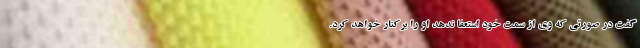
گفت در صورتی که وی از سمت خود استعفا ندهد او را برکنار خواهد کرد.